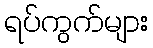
ရပ်ကွက်များ